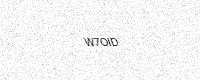
Text: W7OID